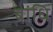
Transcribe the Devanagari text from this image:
बांधि